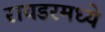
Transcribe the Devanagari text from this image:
रायडरमध्ये